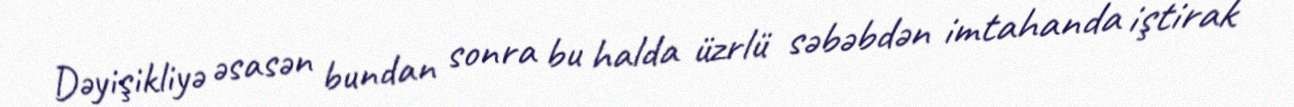
Dəyişikliyə əsasən bundan sonra bu halda üzrlü səbəbdən imtahanda iştirak